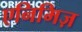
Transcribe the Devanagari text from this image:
एनिमिज़